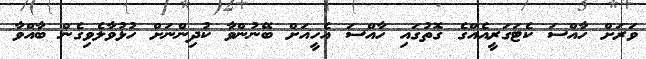
ވަރަށް ހާއްސަ ކެޓަގަރީއެއްގެ ގޮތުގައި ހާއްސަ އެހީއަށް ބޭނުންވާ ކުދިންނަށް ހުޅުވާލެވިގެން ބާއްވާ